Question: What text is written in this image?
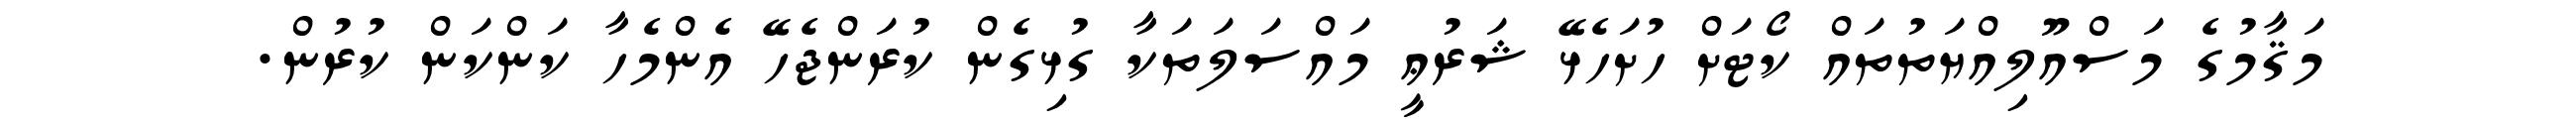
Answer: މަޤާމުގެ މަސްއޫލިއްޔަތުތައް ކޯޓަށް ހުށަހެޅޭ ޝަރުޢީ މައްސަލަތަކާ ގުޅިގެން ކުރަންޖެހޭ އެންމެހާ ކަންކަން ކުރުން.